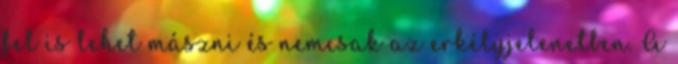
fel is lehet mászni és nemcsak az erkélyjelenetben. A